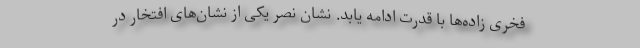
فخری زاده‌ها با قدرت ادامه یابد. نشان نصر یکی از نشان‌های افتخار در